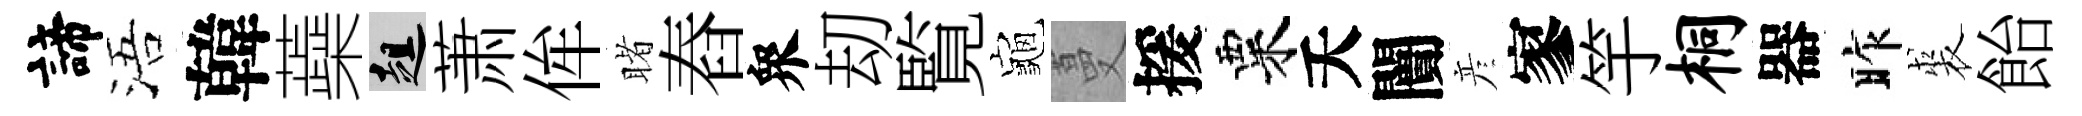
諦浯韓蘃趄萧侔睹舂衆刧覧龜蔓援粟夭闠彦寥竽桐器昨裘飴